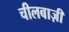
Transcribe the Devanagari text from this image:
चीलबाज़ी